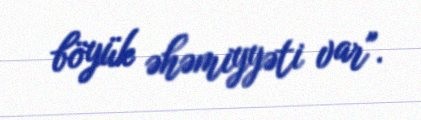
böyük əhəmiyyəti var".